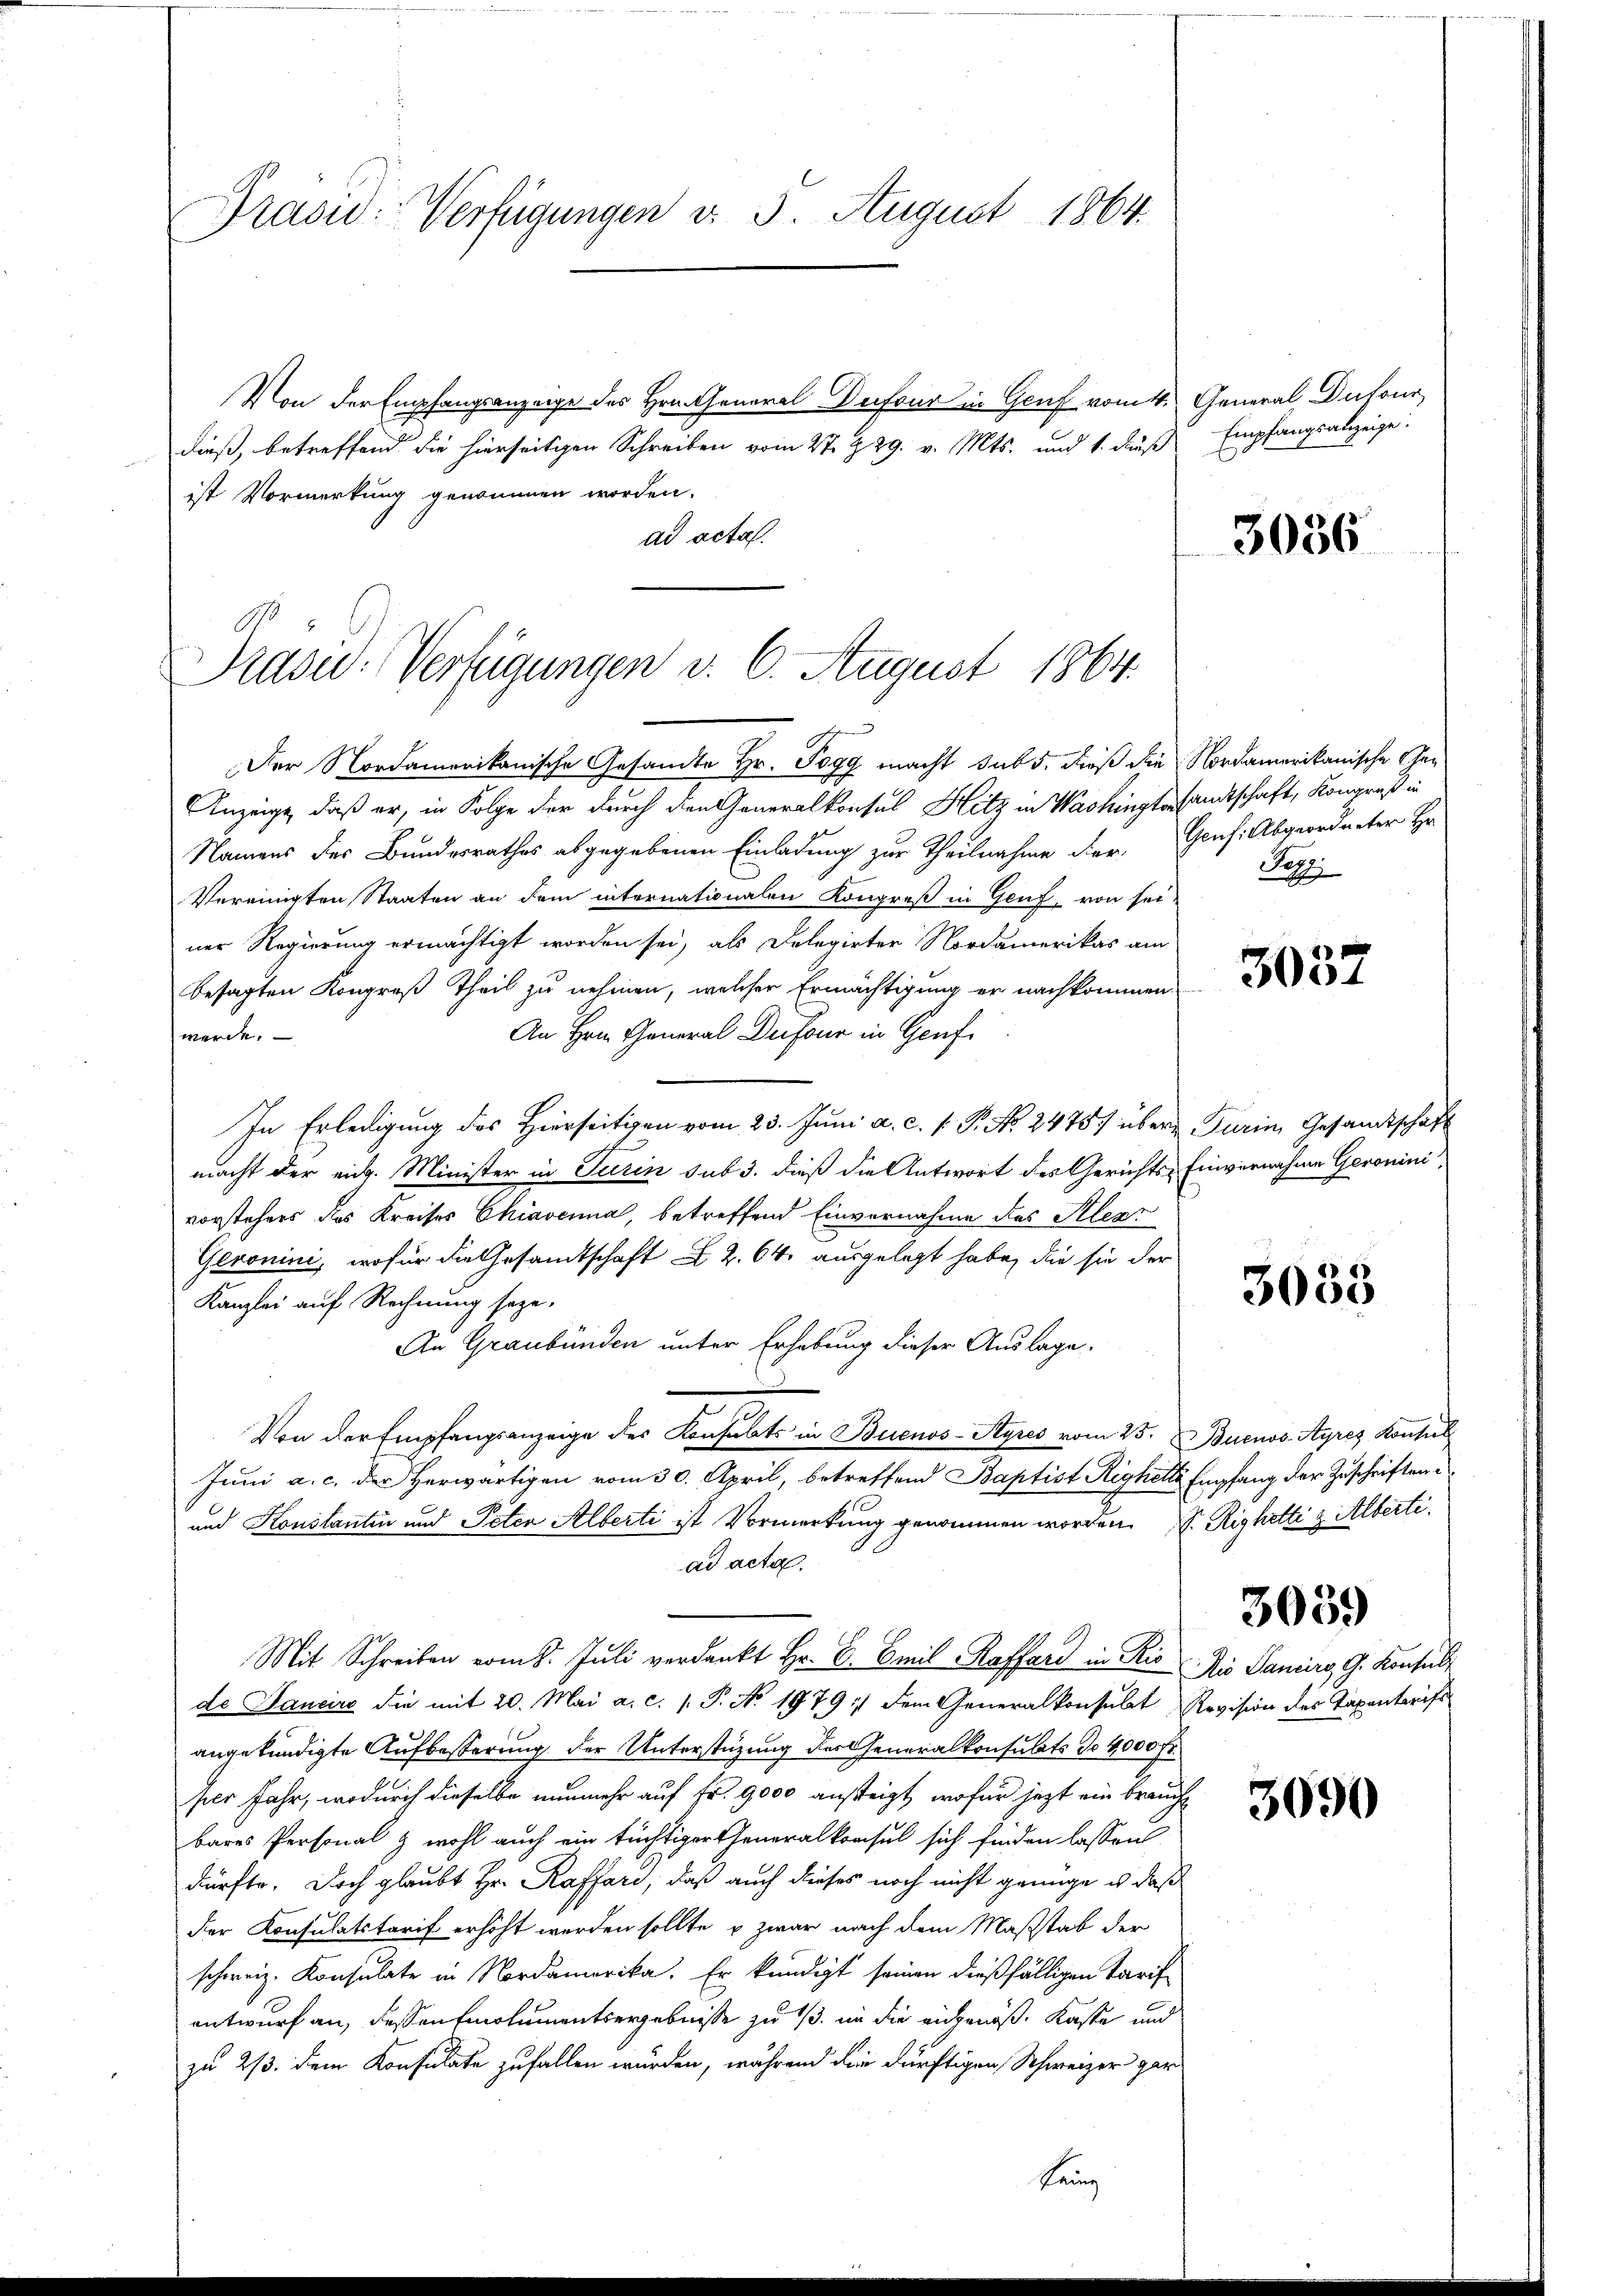
Pras: Verfügungen d. 3. August 1864.

Von der Empfangsanzeige des Hrn. General Dufour in Genf vom 4. General, Dufour
dieß, betreffend die hierseitigen Schreiben vom 2te § 29. v. Mts. und 1. daß Empfangsanzeige:
ist Vormerkung genommen worden.
ad acta.

Prase Verfügungen v. 6. August 1864.

a
Der Nordamerikanische Gesandte Hr. Pogg macht sub 5. dieß die Nordamerikanische Ge¬
Anzeige, daß er, in Folge der durch den Generalkonsul Hitz in Washingesandtschaft, Kongreß in
Namens der Bundesrathes abgegebenen Einladung zur Theilnahme der Genf. Abgeordneter Hr
Vereinigten Staaten an dem internationalen Kongreß in Genf, von sei-
ner Regierung ermächtigt worden sei, als Delegirter Nordamerikas am
besagten Kongreß Theil zu nehmen, welcher Ermächtigung er nachkommen
An Hrn. General Dufour in Genf
werde.
In Erledigung des Hierseitigen vom 23. Juni a. c. s. P. Nr. 2475 über Turin, Gesandtschaft
macht der eidg. Minister in Turin sub 3. dieß die Antwort des Gerichts- Einvernahme Geroninivorstehers das Kreises Chiavenia, betreffend Einvernahme des Alexr
Geronini, wofür die Gesandtschaft 2. 64. ausgelegt habe, die sie der
Kanzlei auf Rechnung soge-
An Graubünden unter Erhebung dieser Auslage.
Von der Empfangsanzeige des Konsabts in Buenos-Ayres vom 25. Buenos-Ayres Konsul
Juni a. c. der Herwärtigen vom 30. April, betreffend Baptist Righelle Empfang der Zuschriften
und Konstantin und Peten Alberti ist Vormerkung genommen worden. S. Righelti z. Albertiad acta
Mit Schreiben vom 8. Jŭli verdankt Hr. C. Emil Raffard in Rio die Sanciers, G. Konsult
de Sancire die mit 20. Mai a. c. (T. No 1979 :/ dem Generalkonsubet Revision des Taxentarifs
angekündigte Aufbesserung der Unterstüzung der Generalkonsulats do 4000 fr.
per Jahr, wodurch dieselbe nunmehr auf Fr. 9000 ansteigt, wofür jezt ein brauch
bares Personal & wohl auch ein tüchtiger Generalkonsul sich finden lassen
dürfte. Doch glaubt Hr. Raffari, daß auch dieses noch nicht genüge u daß
der Konsulatstarif erhöht werden sollte, u zwar nach dem Maßstab der
schweiz. Konsulate in Nordamerika. Er kündigt seinen dießfälligen Tarif-
entwurf an, dessen Emolumentsergebniße zu 1/3. in die angenoß, Kaste und
zu 2/3. dem Konsulate zufallen würden, während die dürftigen Schweizer gar
Frung

3036

Se

3037

3033

3059

3090